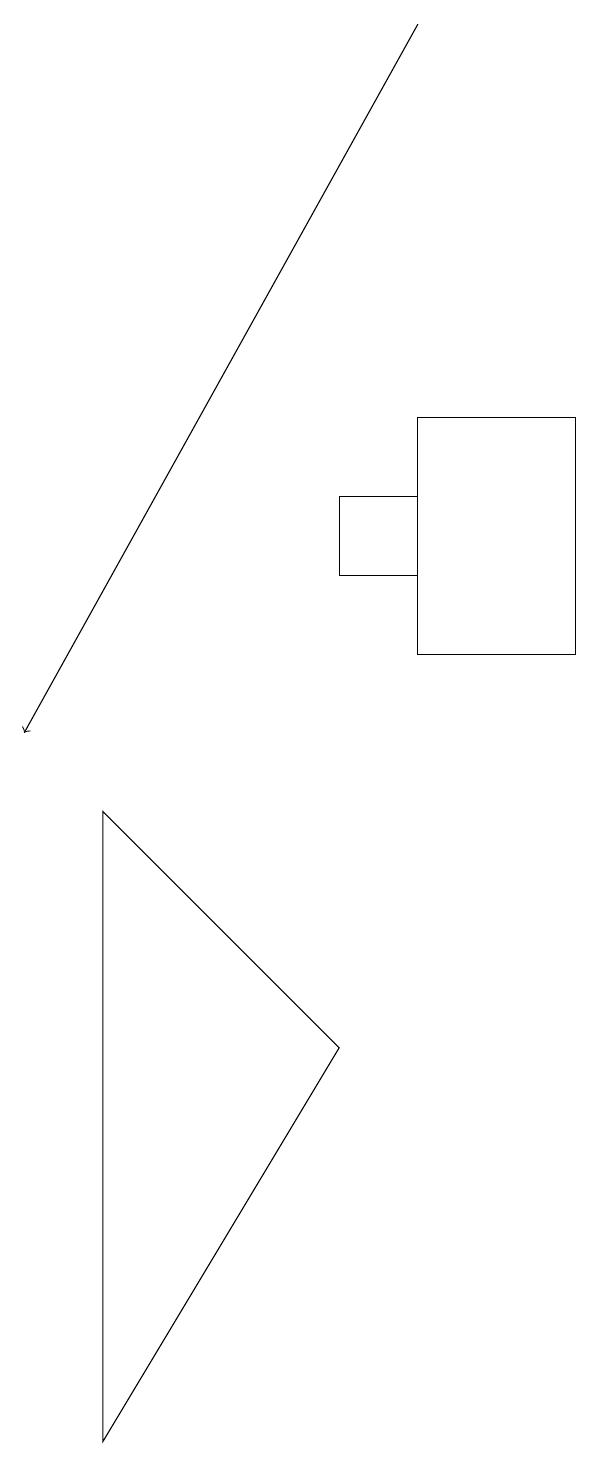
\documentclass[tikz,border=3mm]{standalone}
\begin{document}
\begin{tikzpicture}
\draw[->] (7,19) -- (2,10);
\draw (3,9) -- (3,1) -- (6,6) -- cycle;
\draw (6,13) rectangle (7,12);
\draw (7,14) rectangle (9,11);
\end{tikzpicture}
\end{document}